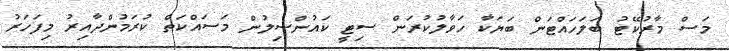
މަސް މާރުކޭޓު ބަލަހައްޓަން ބަޔަކާ ހަވާލުކުރަން ސިޓީ ކައުންސިލުން މަސައްކަތް ކުރަމުންދާއިރު މިފަހަރު